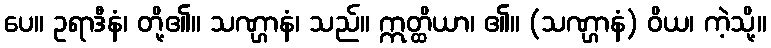
ပေ။ ဥရာဒီနံ၊ တို့၏။ သဏ္ဌာနံ၊ သည်။ ဣတ္ထိယာ၊ ၏။ (သဏ္ဌာနံ) ဝိယ၊ ကဲ့သို့။